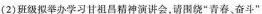
(2)班级拟举办学习甘祖昌精神演讲会，请围绕”青春、奋斗”